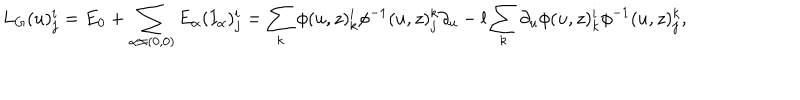
L _ { G } ( u ) _ { j } ^ { i } = E _ { 0 } + \sum _ { \alpha \neq ( 0 , 0 ) } E _ { \alpha } ( I _ { \alpha } ) _ { j } ^ { i } = \sum _ { k } \phi ( u , z ) _ { k } ^ { i } \phi ^ { - 1 } ( u , z ) _ { j } ^ { k } \partial _ { u } - l \sum _ { k } \partial _ { u } \phi ( u , z ) _ { k } ^ { i } \phi ^ { - 1 } ( u , z ) _ { j } ^ { k } ,